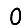
Digit: 0